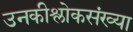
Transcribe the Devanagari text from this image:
उनकीश्लोकसंख्या